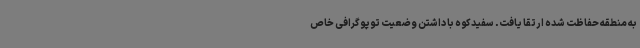
به منطقه حفاظت شده ارتقا یافت. سفیدکوه با داشتن وضعیت توپوگرافی خاص